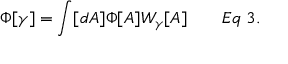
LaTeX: \Phi [ \gamma ] = \int [ d A ] \Phi [ A ] W _ { \gamma } [ A ] \qquad E q \; 3 .